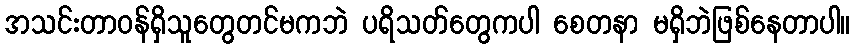
အသင်းတာဝန်ရှိသူတွေတင်မကဘဲ ပရိသတ်တွေကပါ စေတနာ မရှိဘဲဖြစ်နေတာပါ။